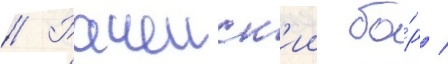
// Рачеиск'ии бо́р /